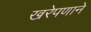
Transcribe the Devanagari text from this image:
खरेपणाने